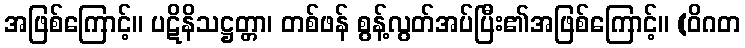
အဖြစ်ကြောင့်။ ပဋိနိသဋ္ဌတ္တာ၊ တစ်ဖန် စွန့်လွတ်အပ်ပြီး၏အဖြစ်ကြောင့်။ (ဝိဂတ